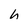
Character: h